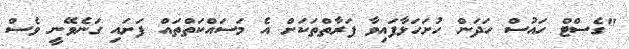
"ގެސްޓް ހައުސް ހަދަން ހުށަހަޅާފައިވާ ފަރާތްތަކަށް އެ މަސައްކަތްތައް ފަށައި ގަނެވޭނީ ވެސް